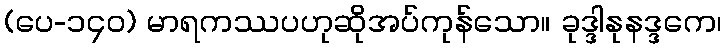
(ပေ-၁၄၀) မာရကဿပဟုဆိုအပ်ကုန်သော။ ခုဒ္ဒါနုနဒ္ဒကေ၊